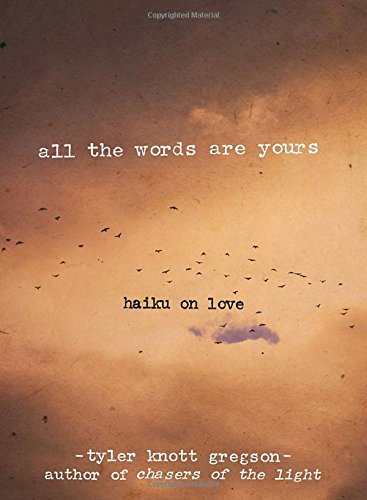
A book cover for All the Words Are Yours: Haiku on Love; Tyler Knott Gregson; Humor & Entertainment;